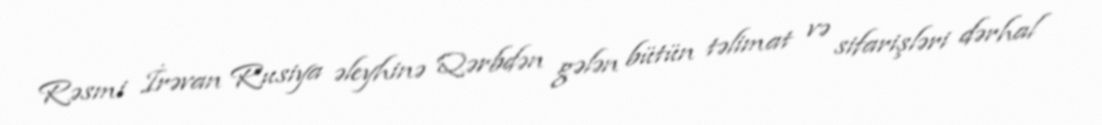
Rəsmi İrəvan Rusiya əleyhinə Qərbdən gələn bütün təlimat və sifarişləri dərhal